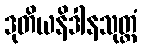
ဒုတိယနိဒါနသုတ္တံ